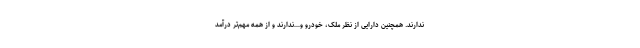
ندارند. همچنین دارایی از نظر ملک، خودرو و…ندارند و از همه مهم‌تر درآمد